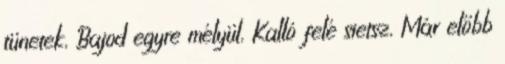
tünetek, Bajod egyre mélyül, Kalló felé sietsz, Már előbb